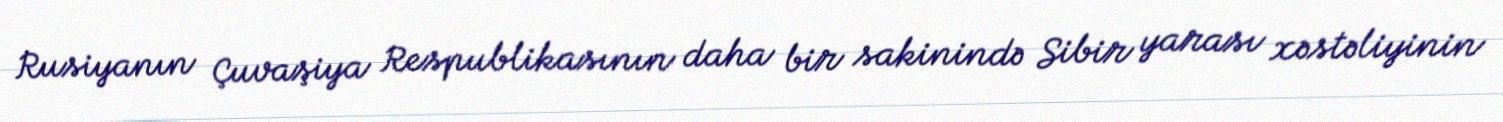
Rusiyanın Çuvaşiya Respublikasının daha bir sakinində Sibir yarası xəstəliyinin